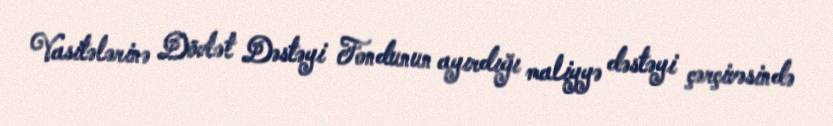
Vasitələrinə Dövlət Dəstəyi Fondunun ayırdığı maliyyə dəstəyi çərçivəsində